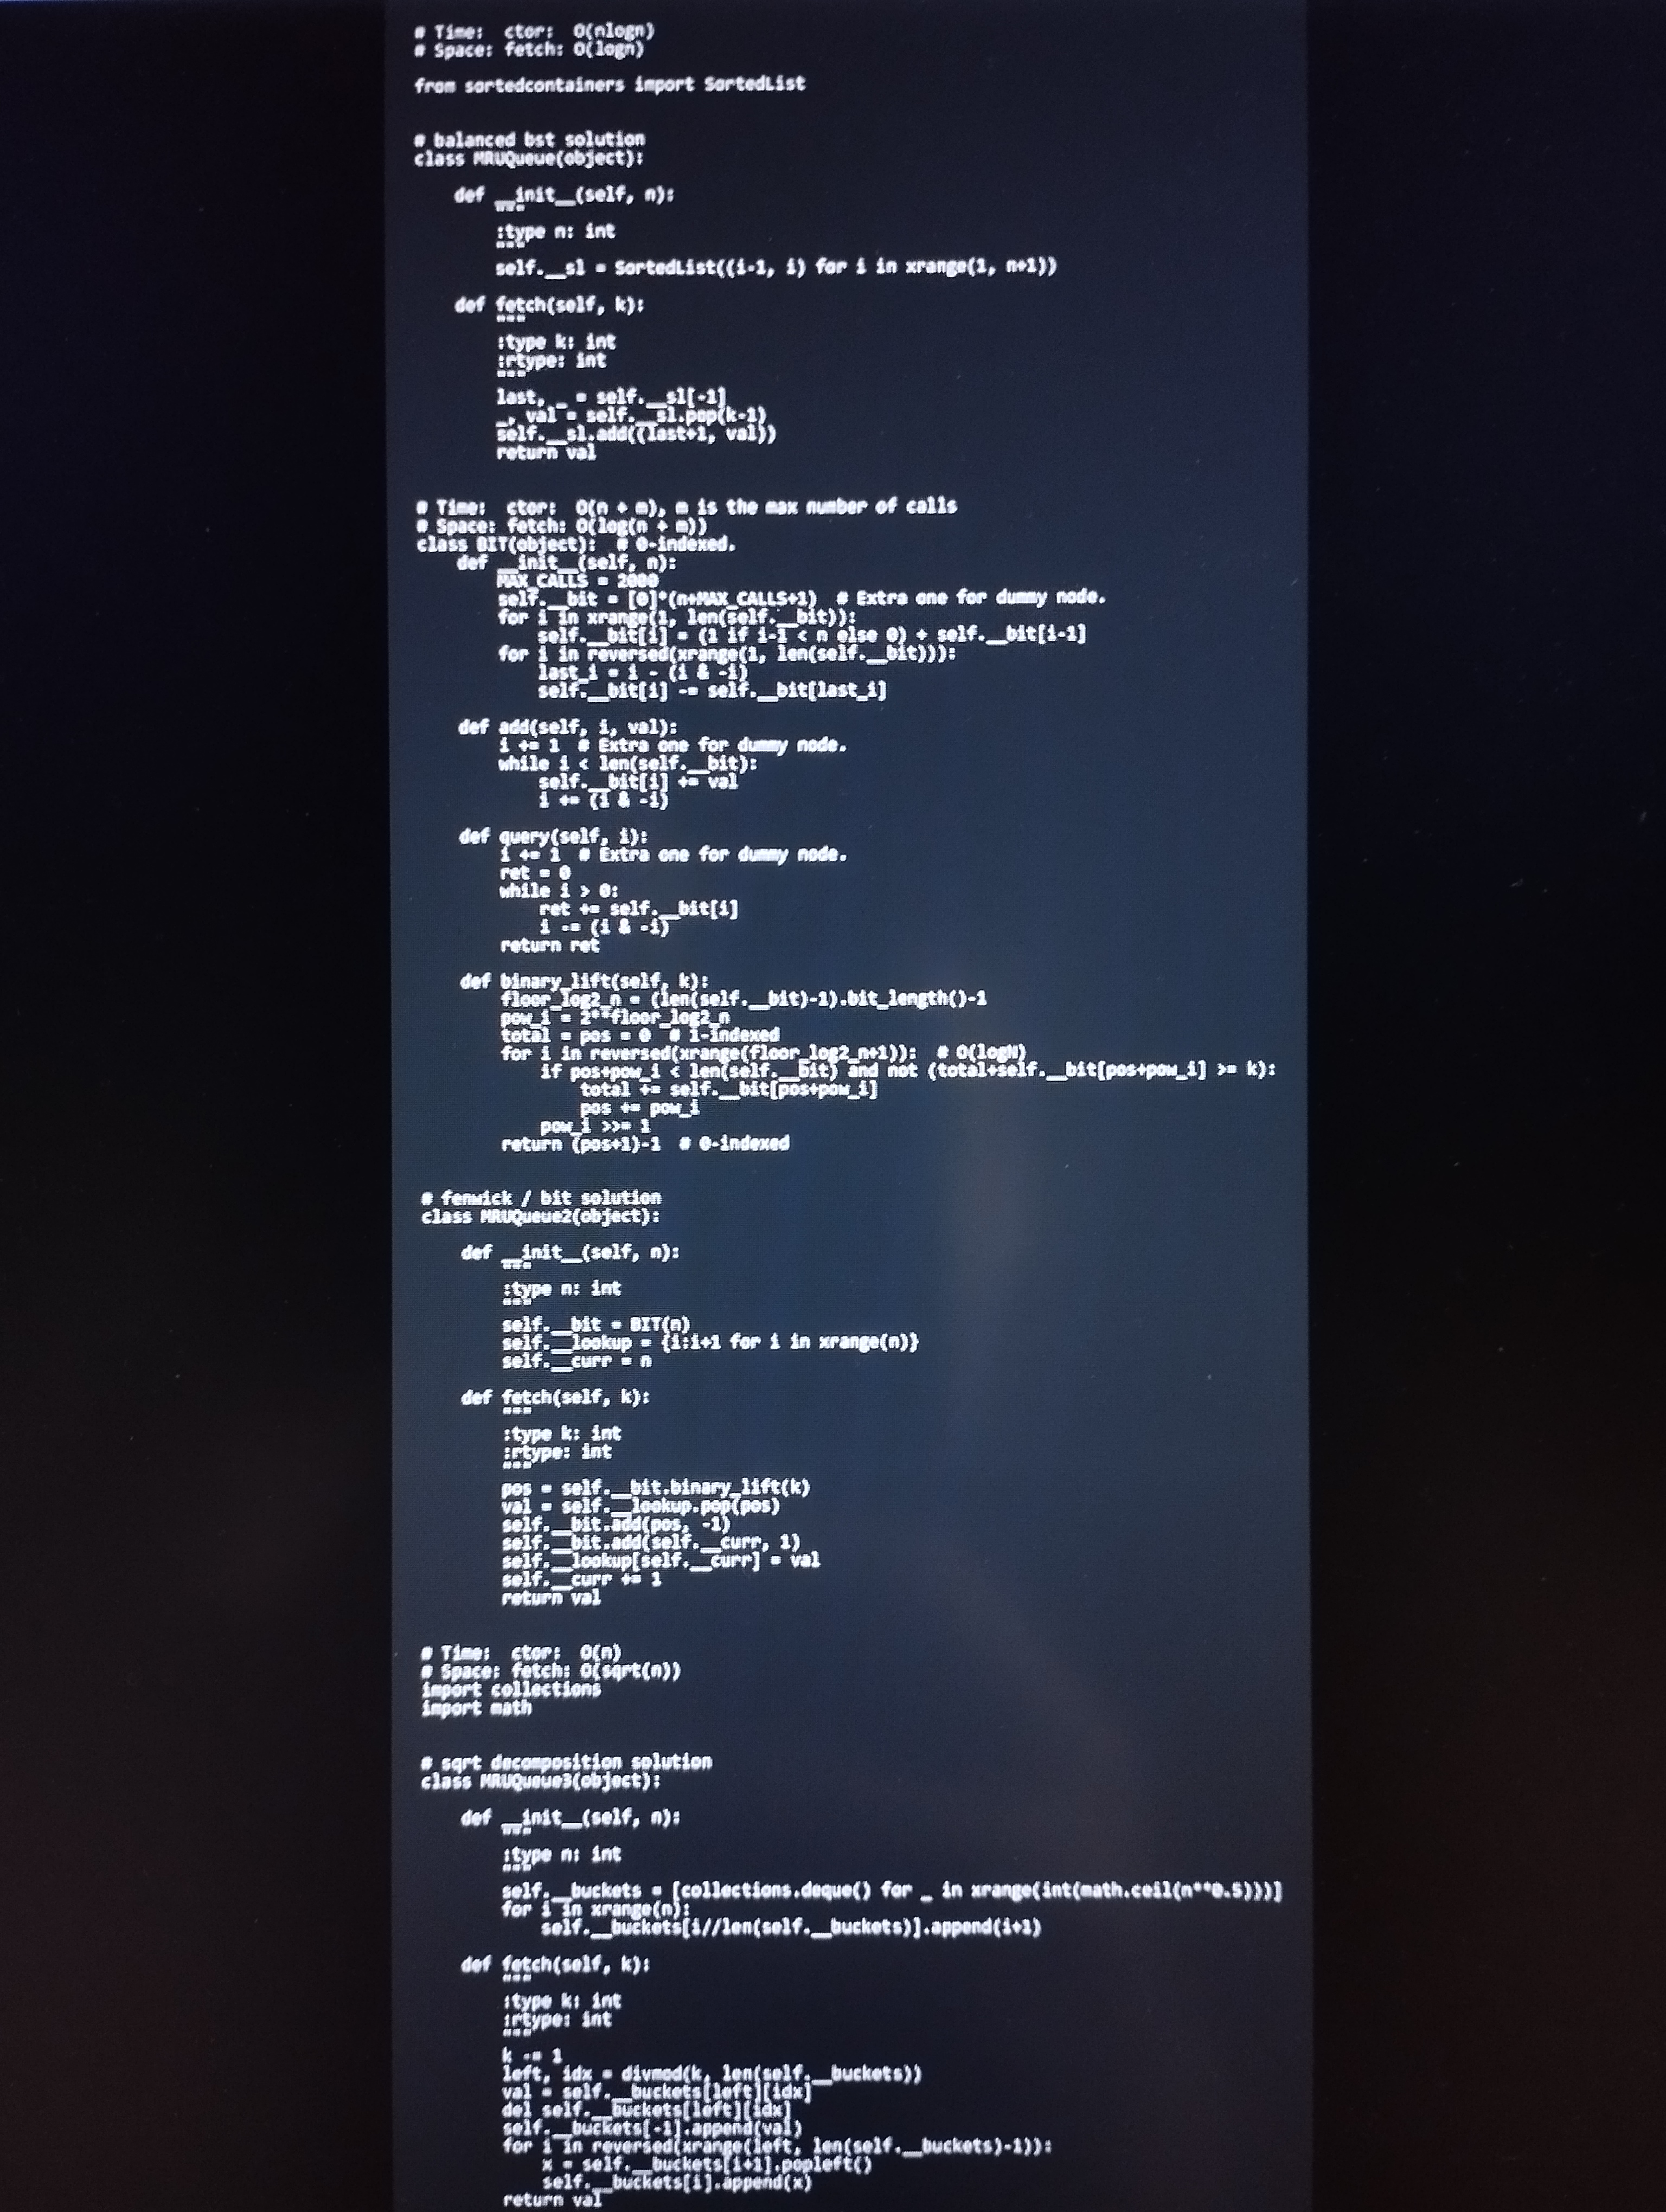
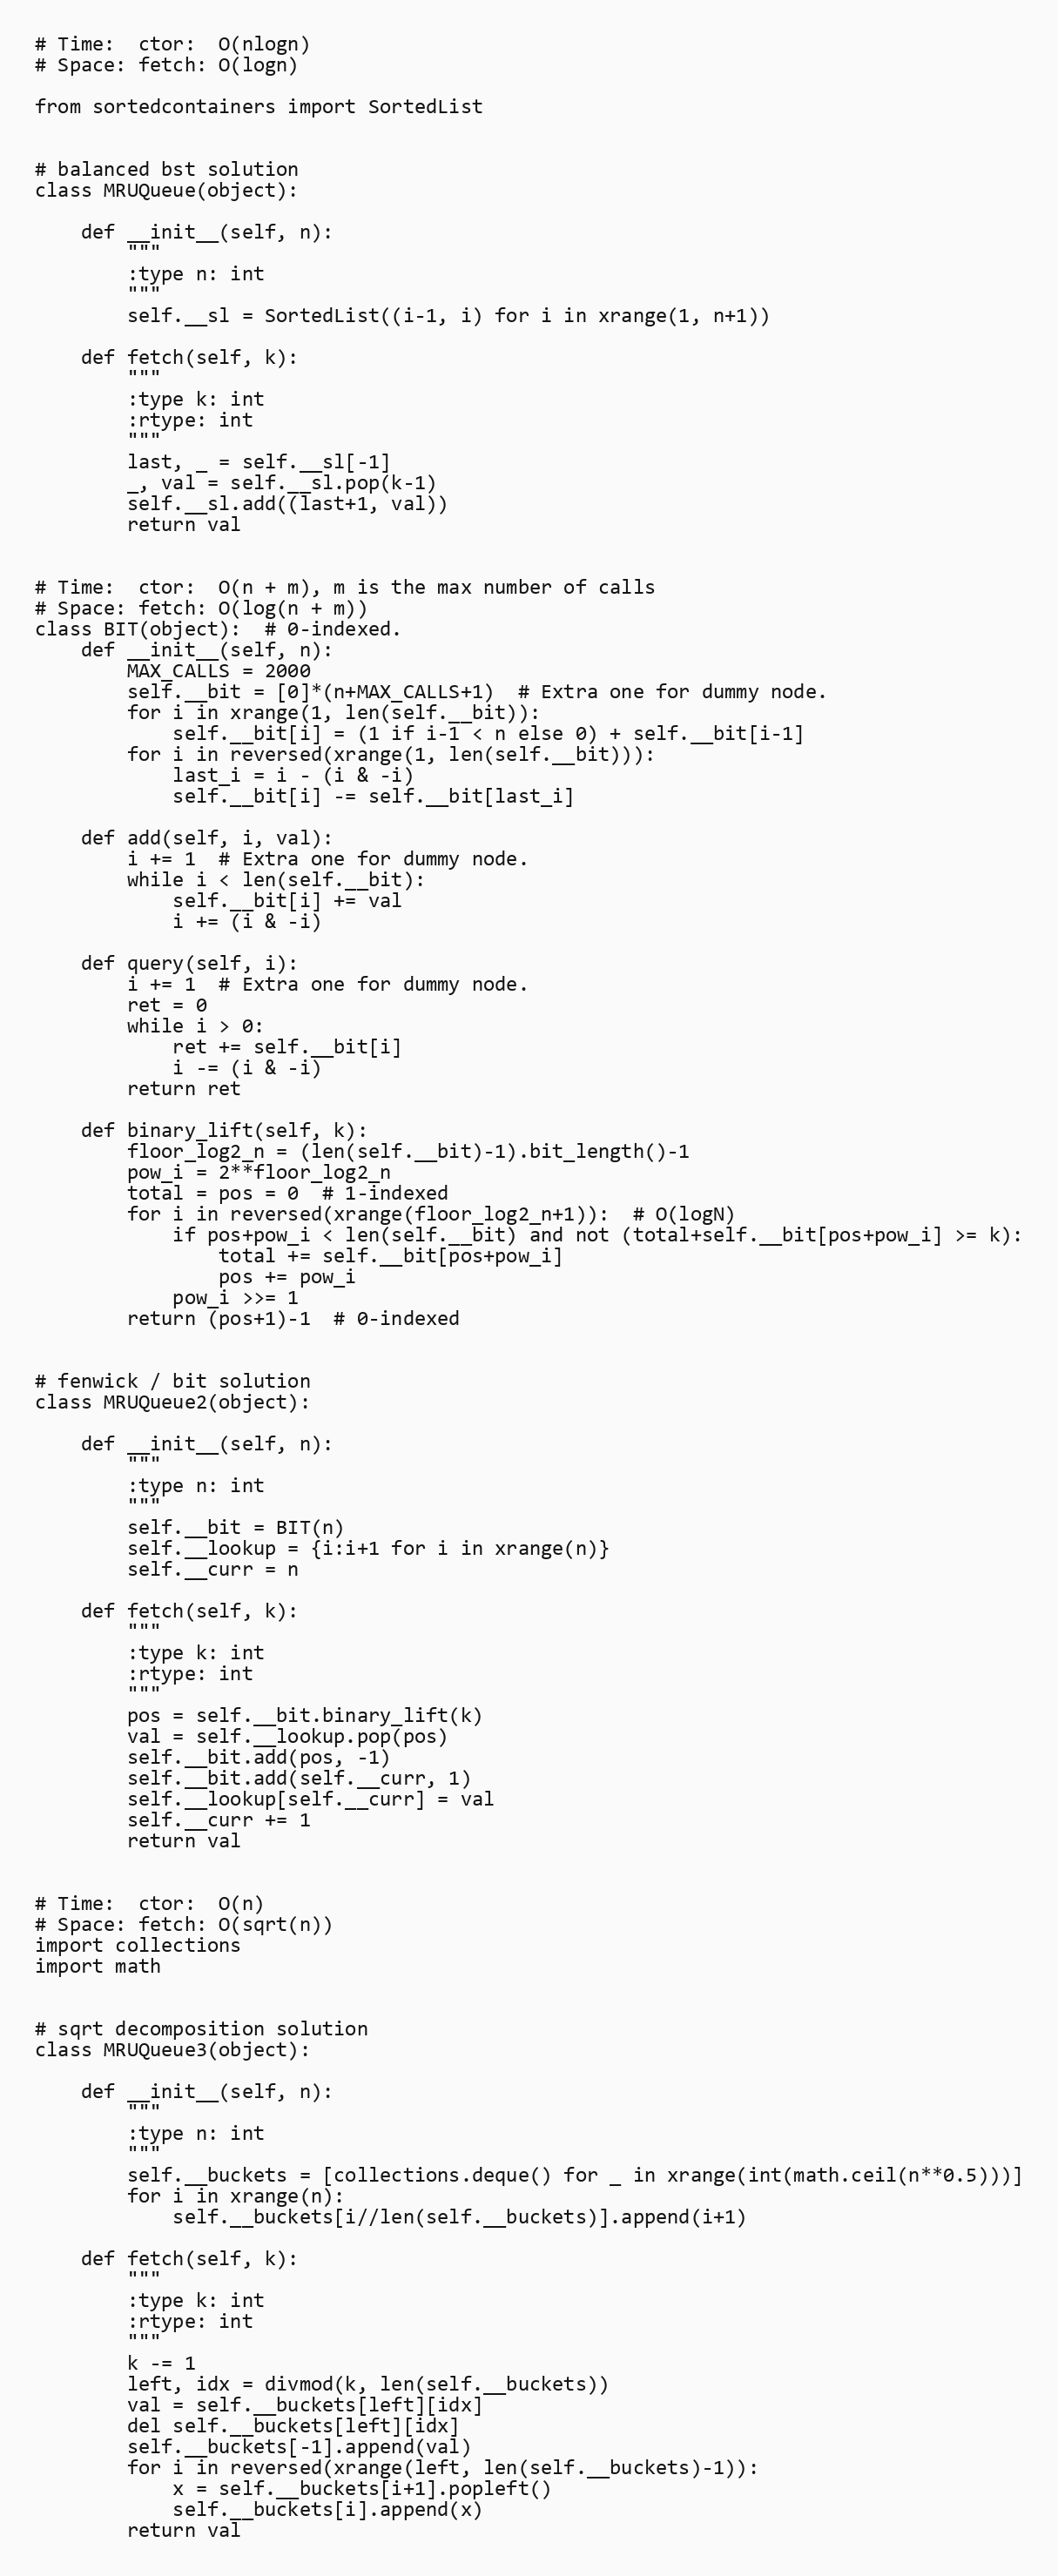
# Time:  ctor:  O(nlogn)
# Space: fetch: O(logn)

from sortedcontainers import SortedList

# balanced bst solution
class MRUQueue(object):

    def __init__(self, n):
        """
        :type n: int
        """
        self.__sl = SortedList((i-1, i) for i in xrange(1, n+1))

    def fetch(self, k):
        """
        :type k: int
        :rtype: int
        """
        last, _ = self.__sl[-1]
        _, val = self.__sl.pop(k-1)
        self.__sl.add((last+1, val))
        return val

# Time:  ctor:  O(n + m), m is the max number of calls
# Space: fetch: O(log(n + m))
class BIT(object):  # 0-indexed.
    def __init__(self, n):
        MAX_CALLS = 2000
        self.__bit = [0]*(n+MAX_CALLS+1)  # Extra one for dummy node.
        for i in xrange(1, len(self.__bit)):
            self.__bit[i] = (1 if i-1 < n else 0) + self.__bit[i-1]
        for i in reversed(xrange(1, len(self.__bit))):
            last_i = i - (i & -i)
            self.__bit[i] -= self.__bit[last_i]

    def add(self, i, val):
        i += 1  # Extra one for dummy node.
        while i < len(self.__bit):
            self.__bit[i] += val
            i += (i & -i)

    def query(self, i):
        i += 1  # Extra one for dummy node.
        ret = 0
        while i > 0:
            ret += self.__bit[i]
            i -= (i & -i)
        return ret

    def binary_lift(self, k):
        floor_log2_n = (len(self.__bit)-1).bit_length()-1
        pow_i = 2**floor_log2_n
        total = pos = 0  # 1-indexed
        for i in reversed(xrange(floor_log2_n+1)):  # O(logN)
            if pos+pow_i < len(self.__bit) and not (total+self.__bit[pos+pow_i] >= k):
                total += self.__bit[pos+pow_i]
                pos += pow_i
            pow_i >>= 1
        return (pos+1)-1  # 0-indexed

# fenwick / bit solution
class MRUQueue2(object):

    def __init__(self, n):
        """
        :type n: int
        """
        self.__bit = BIT(n)
        self.__lookup = {i:i+1 for i in xrange(n)}
        self.__curr = n

    def fetch(self, k):
        """
        :type k: int
        :rtype: int
        """
        pos = self.__bit.binary_lift(k)
        val = self.__lookup.pop(pos)
        self.__bit.add(pos, -1)
        self.__bit.add(self.__curr, 1)
        self.__lookup[self.__curr] = val
        self.__curr += 1
        return val

# Time:  ctor:  O(n)
# Space: fetch: O(sqrt(n))
import collections
import math

# sqrt decomposition solution
class MRUQueue3(object):

    def __init__(self, n):
        """
        :type n: int
        """
        self.__buckets = [collections.deque() for _ in xrange(int(math.ceil(n**0.5)))]
        for i in xrange(n):
            self.__buckets[i//len(self.__buckets)].append(i+1)

    def fetch(self, k):
        """
        :type k: int
        :rtype: int
        """
        k -= 1
        left, idx = divmod(k, len(self.__buckets))
        val = self.__buckets[left][idx]
        del self.__buckets[left][idx]
        self.__buckets[-1].append(val)
        for i in reversed(xrange(left, len(self.__buckets)-1)):
            x = self.__buckets[i+1].popleft()
            self.__buckets[i].append(x)
        return val